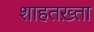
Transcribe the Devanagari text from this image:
शाहतख़्ता